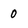
Character: 0